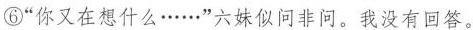
⑥“你又在想什么……”六妹似问非问。我没有回答。